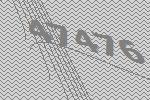
47476